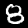
Label: 8